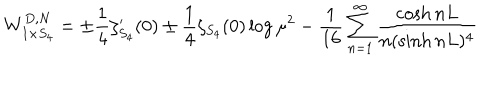
LaTeX: W _ { I \times S _ { 4 } } ^ { D , N } = \pm \frac 1 4 \zeta _ { S _ { 4 } } ^ { \prime } ( 0 ) \pm \frac 1 4 \zeta _ { S _ { 4 } } ( 0 ) \log \mu ^ { 2 } - \frac { 1 } { 1 6 } \sum _ { n = 1 } ^ { \infty } \frac { \cosh n L } { n ( \sinh n L ) ^ { 4 } }